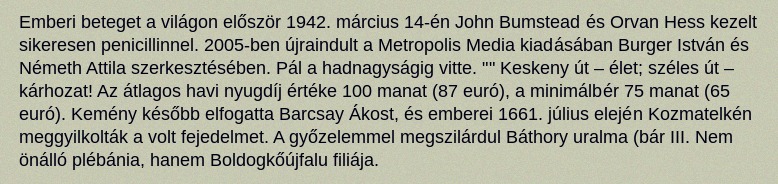
Emberi beteget a világon először 1942. március 14-én John Bumstead és Orvan Hess kezelt sikeresen penicillinnel. 2005-ben újraindult a Metropolis Media kiadásában Burger István és Németh Attila szerkesztésében. Pál a hadnagyságig vitte. "" Keskeny út – élet; széles út – kárhozat! Az átlagos havi nyugdíj értéke 100 manat (87 euró), a minimálbér 75 manat (65 euró). Kemény később elfogatta Barcsay Ákost, és emberei 1661. július elején Kozmatelkén meggyilkolták a volt fejedelmet. A győzelemmel megszilárdul Báthory uralma (bár III. Nem önálló plébánia, hanem Boldogkőújfalu filiája.